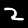
Label: 2